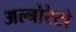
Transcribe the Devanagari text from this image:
अल्बोरेटो